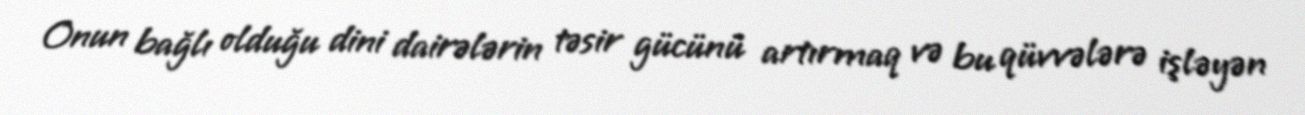
Onun bağlı olduğu dini dairələrin təsir gücünü artırmaq və bu qüvvələrə işləyən